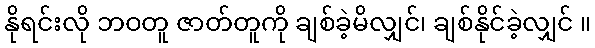
နိုရင်းလို ဘဝတူ ဇာတ်တူကို ချစ်ခဲ့မိလျှင်၊ ချစ်နိုင်ခဲ့လျှင် ။